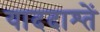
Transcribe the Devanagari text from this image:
याददाश्तें